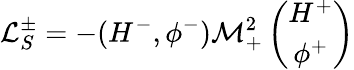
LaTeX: \mathcal{L}_{S}^{\pm}=-(H^{-},\phi^{-})\mathcal{M}_{+}^{2}\left(\begin{array}{c}{{H^{+}}}\\ {{\phi^{+}}}\end{array}\right)